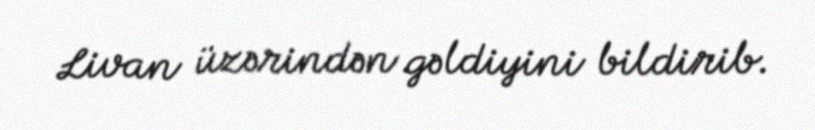
Livan üzərindən gəldiyini bildirib.